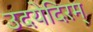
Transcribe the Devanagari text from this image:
उदयेदिरम्